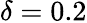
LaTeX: \delta=0.2